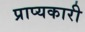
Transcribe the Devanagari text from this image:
प्राप्यकारी